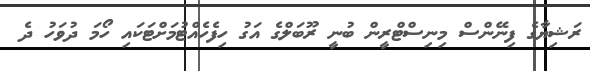
ރަޝިޔާގެ ފިނޭންސް މިނިސްޓްރީން ބުނީ ރޫބަލްގެ އަގު ހިފެހެއްޓުމަށްޓަކައި ހޯމަ ދުވަހު ދެ